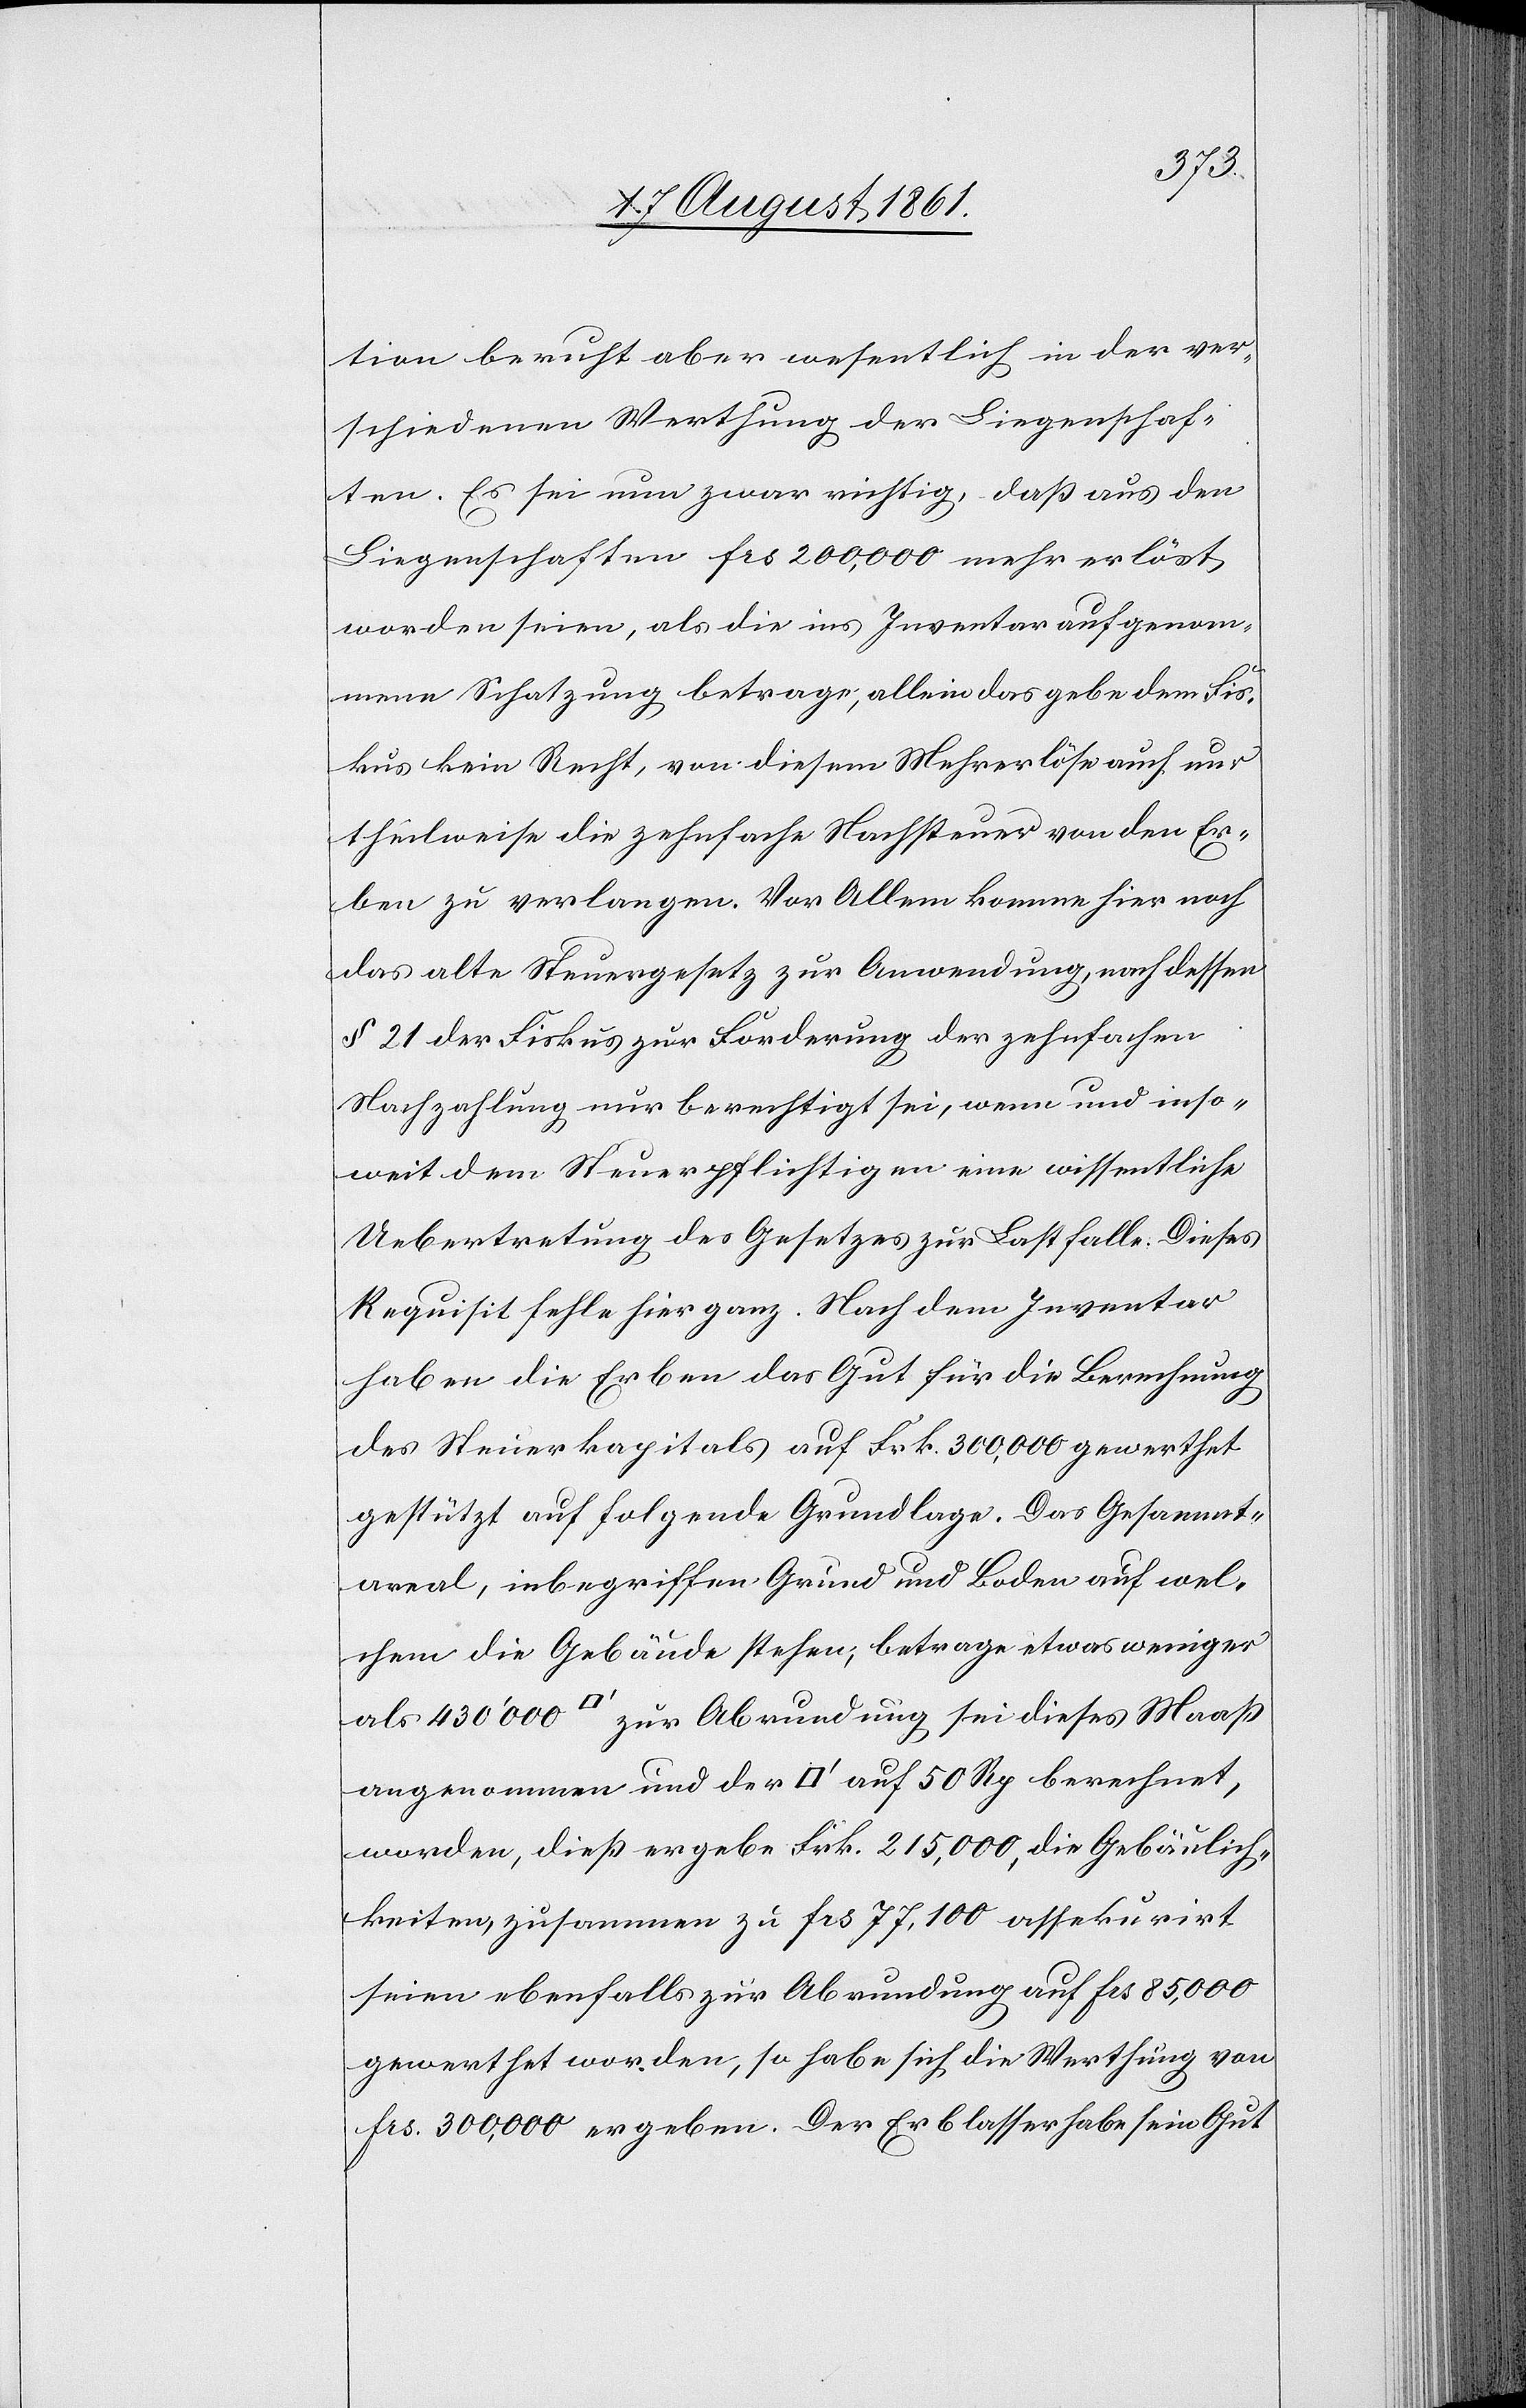
tion beruht aber wesentlich in der ver¬
schiedenen Werthung der Liegenschaf¬
ten. Es sei zwar richtig, daß aus den
Liegenschaften frs 200,000 mehr erlöst
worden seien, als die ins Inventar aufgenom¬
mene Schatzung betrage, allein das gebe dem Fis¬
kus kein Recht, von diesem Mehrerlös auch nur
theilweise die zehnfache Nachsteuer von den Er¬
ben zu verlangen. Vor Allem komme hier noch
das alte Steuergesetz zur Anwendung, nach dessen
§ 21 der Fiskus zur Forderung der zehnfachen
Nachzahlung nur berechtigt sei, wenn und inso¬
weit dem Steuerpflichtigen eine wissentliche
Uebertretung des Gesetzes zur Last falle. Dieses
Requisit fehle hie ganz. Nach dem Inventar
haben die Erben das Gut für die Berechnung
des Steuerkapitals auf Frk. 300,000 gewerthet
gestützt auf folgende Grundlage. Das Gesammt¬
areal, inbegriffen Grund und Boden auf wel¬
chem die Gebäude stehen; betrage etwas weniger
als 430'000 [Quadratfuß] zur Abrundung sei dieses Maaß
angenommen und der [Quadratfuß] auf 50 Rp. berechnet,
worden, dieß ergebe Frk. 215,000, die Gebäulich¬
keiten, zusammen zu frs 77,100 assekurirt
seien ebenfalls zur Abrundung auf frs 85,000
gewerthet worden, so habe sich die Werthung von
frs 300,000 ergeben. Der Erblasser habe sein Gut